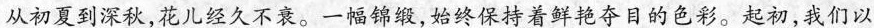
从初夏到深秋，花儿经久不衰。一幅锦缎，始终保持着鲜艳夺目的色彩。起初，我们以